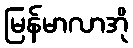
မြန်မာလာအို